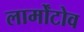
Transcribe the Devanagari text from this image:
लार्मोंटोव